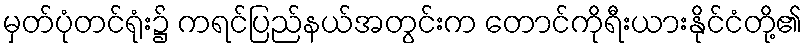
မှတ်ပုံတင်ရုံး၌ ကရင်ပြည်နယ်အတွင်းက တောင်ကိုရီးယားနိုင်ငံတို့၏